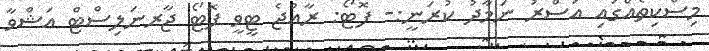
މިސްކިތެއްގައި އަސްރު ނަމާދު ކުރަނީ:- ފޮޓޯ: ރާއްޖެ ޓީވީ ފޮޓޯ ޖާރނަލިސްޓް އަޝްވާ